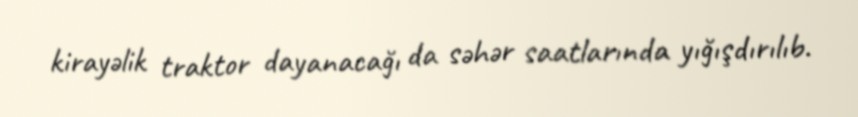
kirayəlik traktor dayanacağı da səhər saatlarında yığışdırılıb.